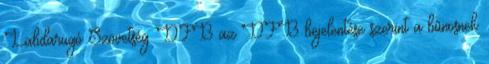
Labdarugó Szövetség DFB az DFB bejelentése szerint a bûnösnek